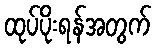
ထုပ်ပိုးရန်အတွက်